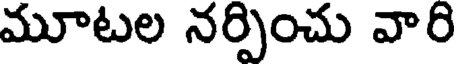
మూటల నర్పించు వారి